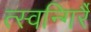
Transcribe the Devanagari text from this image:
त्स्वन्गिर्रै